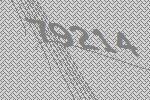
79214